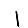
Digit: 1